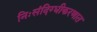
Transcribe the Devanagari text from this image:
निःसंदिग्धीकरणात